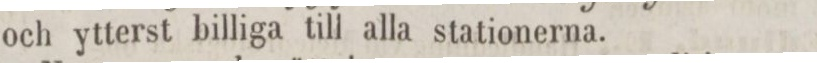
och ytterst billiga till alla stationerna.